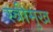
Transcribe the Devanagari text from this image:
स्त्रीमुख